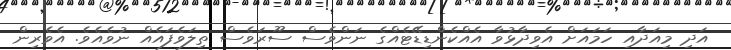
އަދި މިއަދާއި ހަމައަށް އެވިދާޅުވާ އެއްކެންޑިޑޭޓެއްގެ ނަންވެސް ސޫރަވެސް ތިލަވެފައެއް ނުވެއެވެ. އެވެރިން